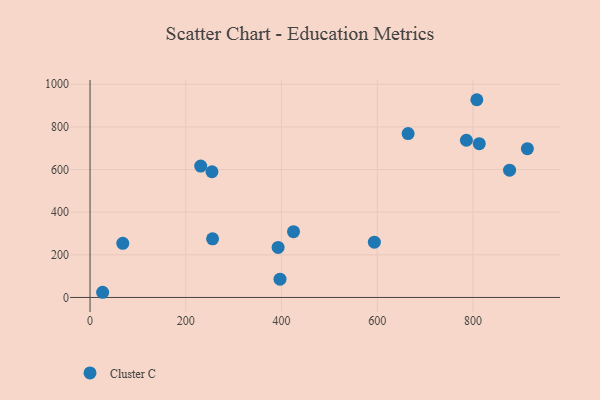
{"axis": {"x": "Price", "y": "Yield"}, "legend": ["Cluster C"], "data": [{"x": "396.9", "y": 85.8, "type": "Cluster C"}, {"x": "256.0", "y": 274.9, "type": "Cluster C"}, {"x": "425.1", "y": 308.7, "type": "Cluster C"}, {"x": "664.5", "y": 768.8, "type": "Cluster C"}, {"x": "68.4", "y": 253.7, "type": "Cluster C"}, {"x": "913.7", "y": 697.7, "type": "Cluster C"}, {"x": "231.2", "y": 616.5, "type": "Cluster C"}, {"x": "254.7", "y": 589.6, "type": "Cluster C"}, {"x": "594.0", "y": 259.3, "type": "Cluster C"}, {"x": "808.1", "y": 927.5, "type": "Cluster C"}, {"x": "26.3", "y": 24.3, "type": "Cluster C"}, {"x": "392.9", "y": 234.9, "type": "Cluster C"}, {"x": "786.3", "y": 737.4, "type": "Cluster C"}, {"x": "813.2", "y": 721.4, "type": "Cluster C"}, {"x": "876.5", "y": 597.0, "type": "Cluster C"}]}